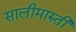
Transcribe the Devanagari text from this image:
सालीमारुती